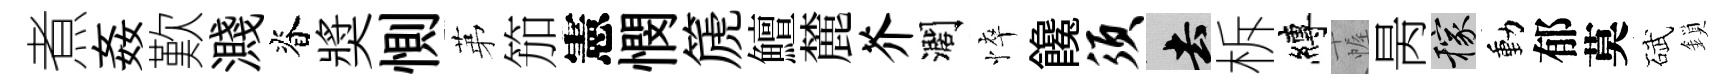
煮姦歎濺脊奬惻苐笳憲憫篪鱣麓芥濶悴饞须去柝縛幄昺稼動郁莫碔鎖